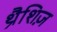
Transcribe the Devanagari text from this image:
थ्रैशिज़